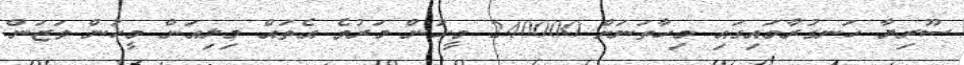
ސޫރިޔާ ހަނގުރާމައިގައި މިހާތަނަށް 240000 މީހުން މަރުވެ އެތައް މިލިއަން މީހުން ވަޒަން